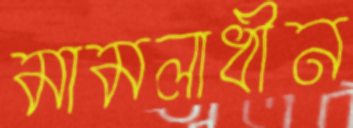
মামলাধীন